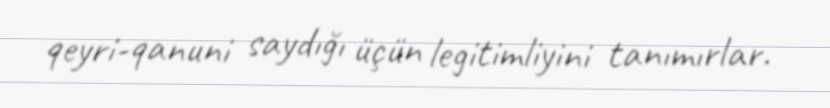
qeyri-qanuni saydığı üçün legitimliyini tanımırlar.